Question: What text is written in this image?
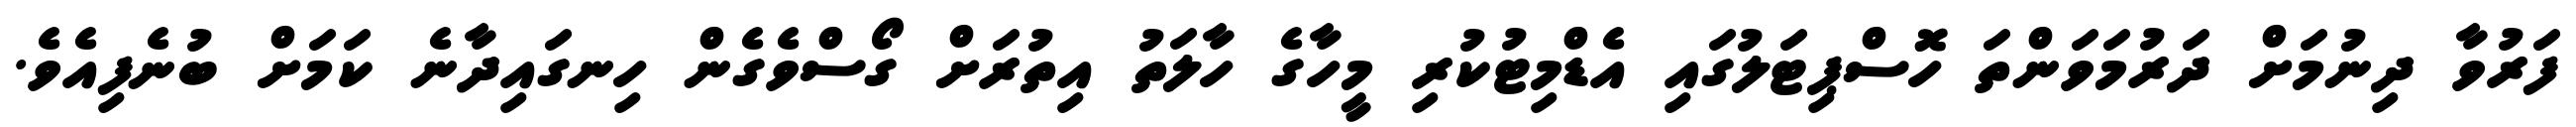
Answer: ފަރުވާ ދިނުމަށް ދަރުމަވަންތަ ހޮސްޕިޓަލުގައި އެޑްމިޓުކުރި މީހާގެ ހާލަތު އިތުރަށް ގޯސްވެގެން ހިނގައިދާނެ ކަމަށް ބުނެފިއެވެ.